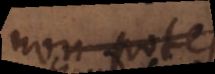
non potest.